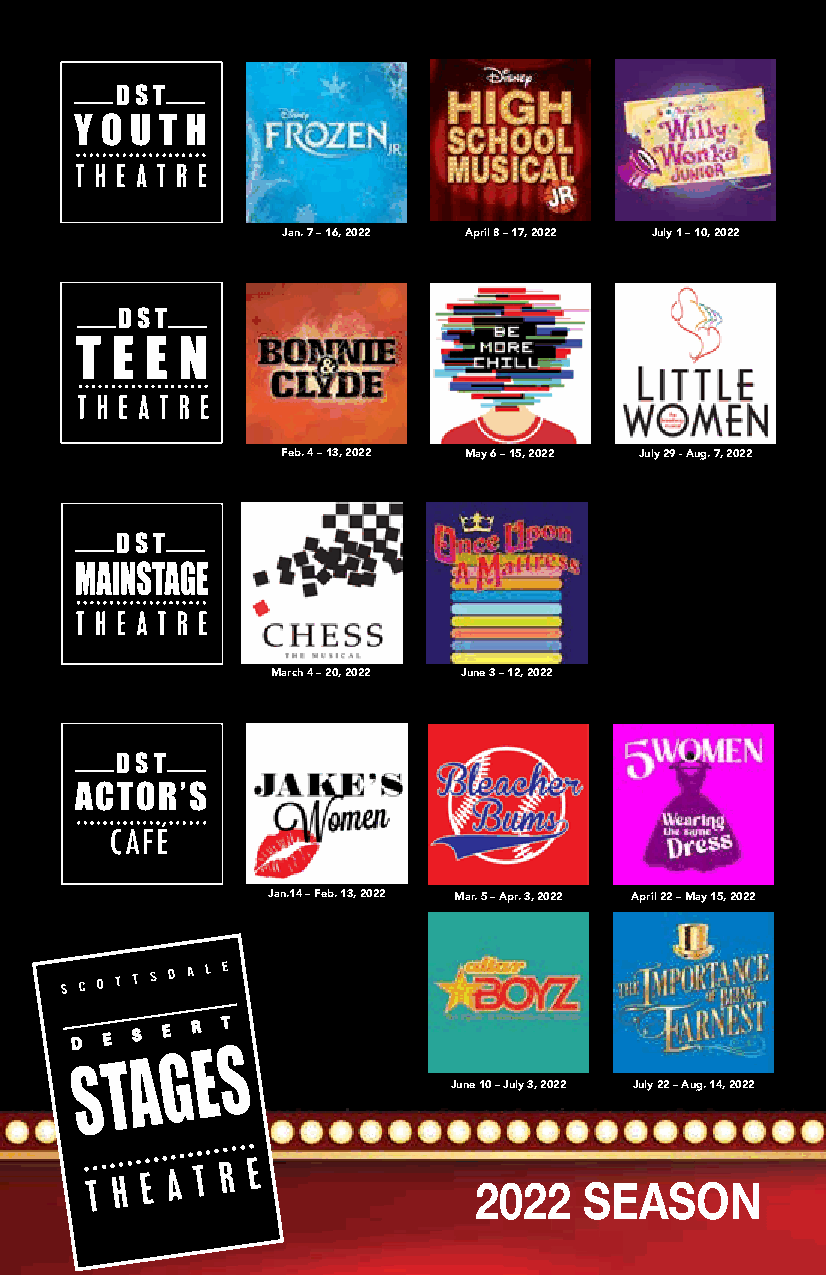
DST
 Y O U T H
 Jan. 7 – 16, 2022 April 8 – 17, 2022 July 1 – 10, 2022
 DST
 T E  E N
 Feb. 4 – 13, 2022 May 6 – 15, 2022 July 29 - Aug. 7, 2022
 DST
 March 4 – 20, 2022 June 3 – 12, 2022
 DST
 ACTOR’S
 Jan.14 – Feb. 13, 2022 Mar. 5 – Apr. 3, 2022 April 22 – May 15, 2022
 June 10 – July 3, 2022 July 22 – Aug. 14, 2022
 2022    SEASON